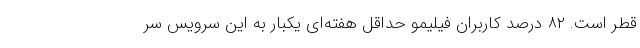
قطر است. ۸۲ درصد کاربران فیلیمو حداقل هفته‌ای یکبار به این سرویس سر